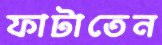
ফাটাতেন